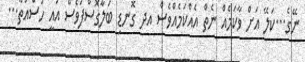
ނޭގެ...ކަލޭ އަށް ވާކަމެއް ނެތް އެއްކަމެއްވެސް އދ ގޮނޑި ބަލާގޮސްފަވެސް އައީ ހުސްއަތާ...